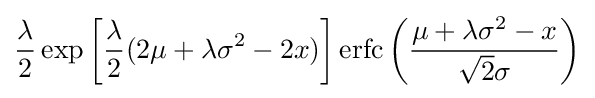
{\frac {\lambda }{2}}\exp \left[{\frac {\lambda }{2}}(2\mu +\lambda \sigma ^{2}-2x)\right]\operatorname {erfc} \left({\frac {\mu +\lambda \sigma ^{2}-x}{{\sqrt {2}}\sigma }}\right)